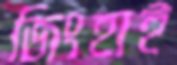
জিংহাই